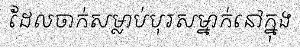
ដែលចាក់សម្លាប់បុរសម្នាក់នៅក្នុង